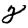
Digit: 2